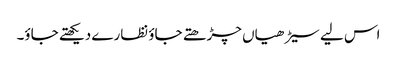
اس لیے سیڑھیاں چڑھتے جاؤ نظارے دیکھتے جاؤ۔